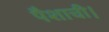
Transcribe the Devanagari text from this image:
पैशाची।